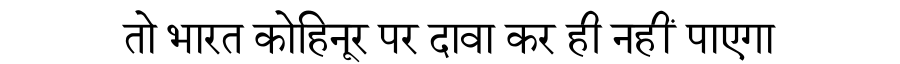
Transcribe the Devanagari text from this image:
तो भारत कोहिनूर पर दावा कर ही नहीं पाएगा